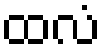
ထလံ